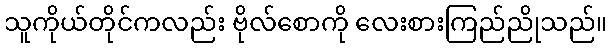
သူကိုယ်တိုင်ကလည်း ဗိုလ်စောကို လေးစားကြည်ညိုသည်။